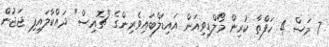
7 މަސް 4 ހަފްތާ ކުރިން މޯލްޑިވިއަން އައިޑަލްބައިވެރިންގެ "ޗޮއިސް" ދައްކާލައިފި ޖަޖުން